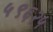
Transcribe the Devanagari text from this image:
५९६२५